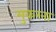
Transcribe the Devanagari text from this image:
मुकरना